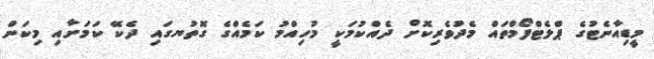
މީޑިއާނެޓުގެ ޕްލެޓްފޯމްތައް މެދުވެރިކޮށް ދެއްކުމަކީ މުހިއްމު ކަމެއްގެ ގޮތުޔގައި ދެކޭ ކަމަށާއި މިކަން